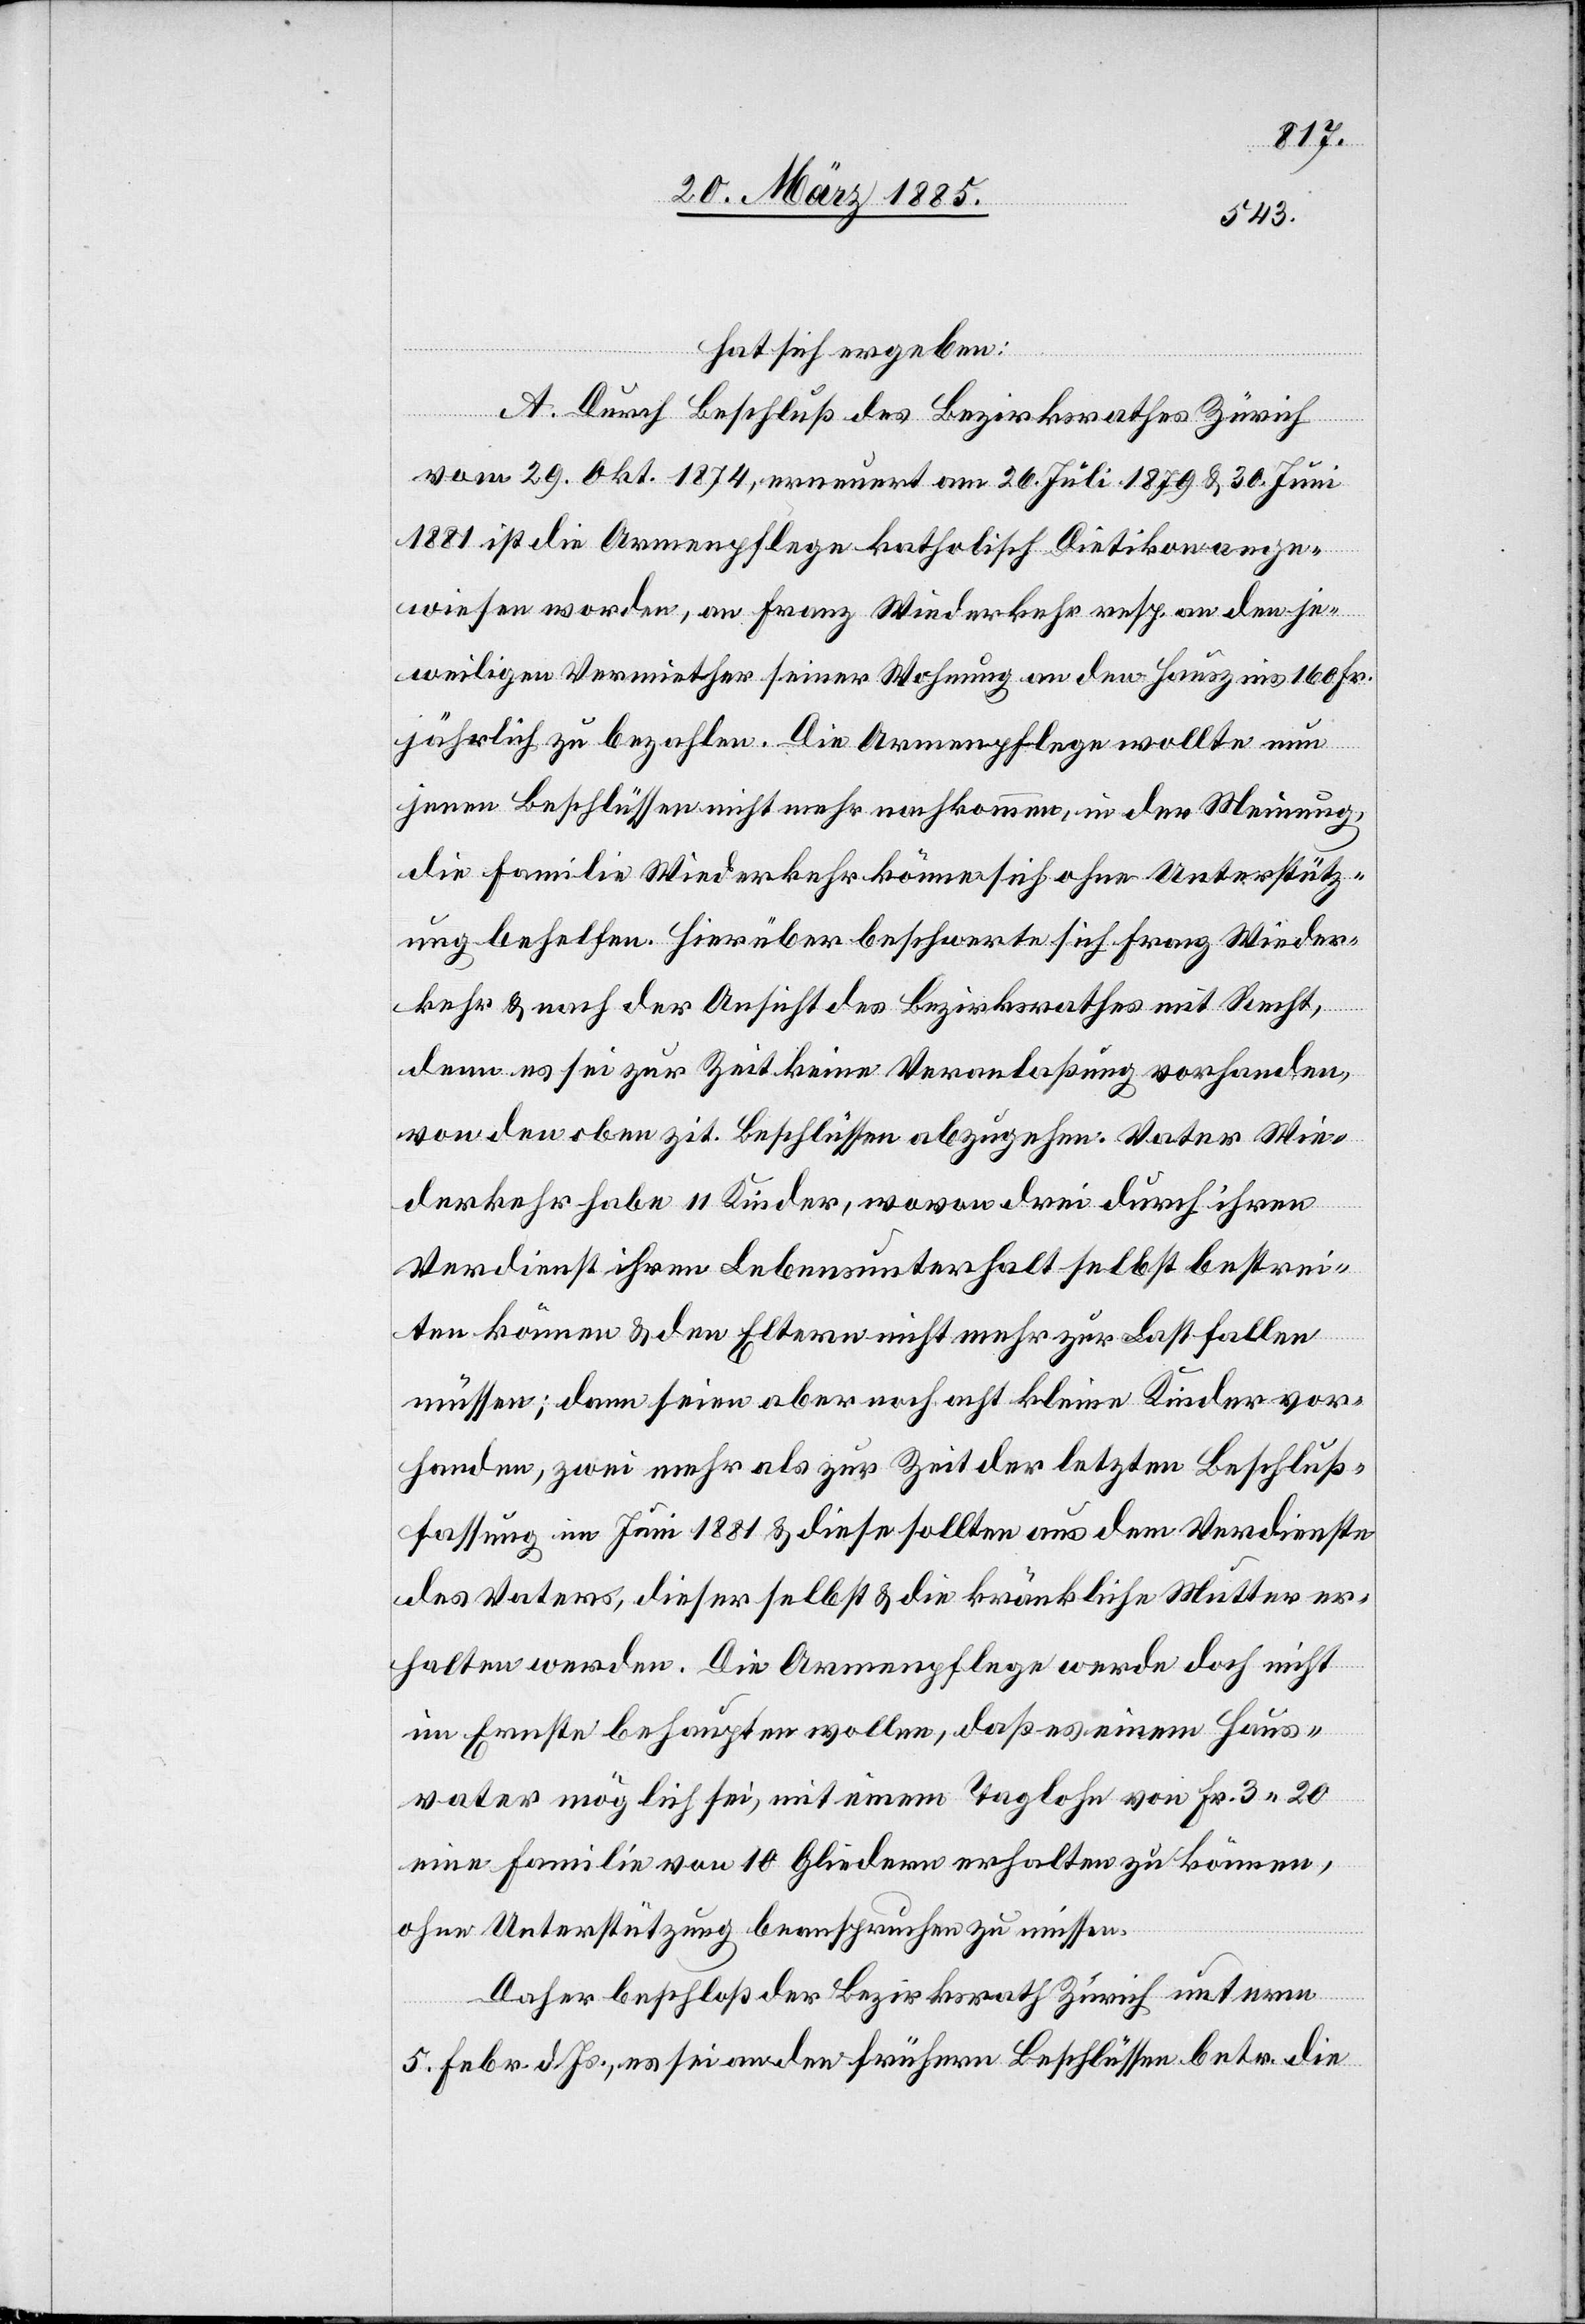
hat sich ergeben:
A. Durch Beschluß des Bezirksrathes Zürich
vom 29. Okt. 1874, erneuert am 26. Juli 1879 & 30. Juni
1881 ist die Armenpflege katholisch Dietikon ange¬
wiesen worden, an Franz Wiederkehr resp. an den je¬
weiligen Vermiether seiner Wohnung an den Hauszins 160 Fr.
jährlich zu bezahlen. Die Armenpflege wollte nun
jenen Beschlüssen nicht mehr nachkommen, in der Meinung,
die Familie Wiederkehr könne sich ohne Unterstütz¬
ung behelfen. Hierüber beschwerte sich Franz Wieder¬
kehr & nach der Ansicht des Bezirksrathes mit Recht,
denn es sei zur Zeit keine Veranlaßung vorhanden,
von den oben zit. Beschlüssen abzugehen. Vater Wie¬
derkehr habe 11 Kinder, wovon drei durch ihren
Verdienst ihren Lebensunterhalt selbst bestrei¬
ten können & den Eltern nicht mehr zur Last fallen
müssen; dann seien aber noch acht kleine Kinder vor¬
handen, zwei mehr als zur Zeit der letzten Beschluß¬
fassung im Juni 1881 & diese sollten aus dem Verdienste
des Vaters, dieser selbst & die kränkliche Mutter er¬
halten werden. Die Armenpflege werde doch nicht
im Ernste behaupten wollen, daß es einem Haus¬
vater möglich sei, mit einem Taglohn von Fr. 3.20
eine Familie von 10 Gliedern erhalten zu können,
ohne Unterstützung beanspruchen zu müssen.
Daher beschloß der Bezirksrath Zürich unterm
5. Febr. d. Js., es sei an den frühern Beschlüssen betr. die